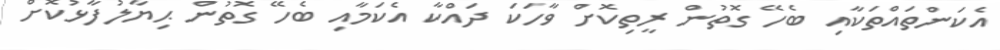
އެކަންތައްތަކާއި ބެހޭ ގޮތުން ރީތިކޮށް ވާހަކަ ދައްކާ އެކަމާއި ބެހޭ ގޮތުން ޙިޔާލުފާޅުކޮށް